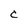
Character: C